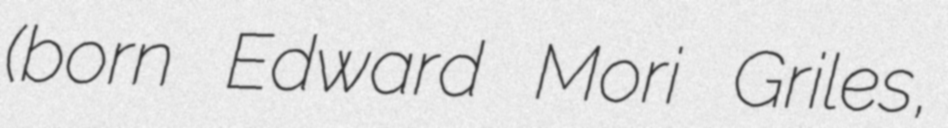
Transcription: (born Edward Mori Griles,